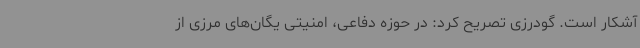
آشکار است. گودرزی تصریح کرد: در حوزه دفاعی، امنیتی یگان‌های مرزی از